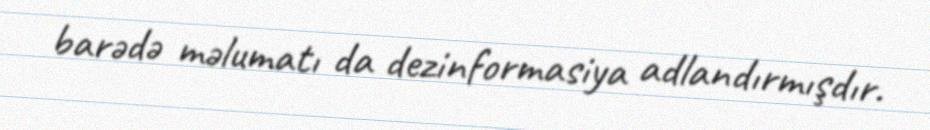
barədə məlumatı da dezinformasiya adlandırmışdır.